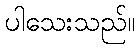
ပါသေးသည်။